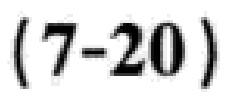
\((7 - 20)\)